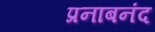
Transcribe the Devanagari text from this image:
प्रनाबनंद